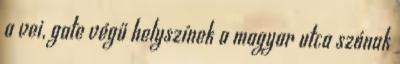
a vei, gate végű helyszínek a magyar utca szónak